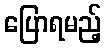
ပြောရမည့်